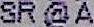
SR @ A